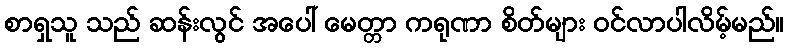
စာရှသူ သည် ဆန်းလွင် အပေါ် မေတ္တာ ကရုဏာ စိတ်များ ဝင်လာပါလိမ့်မည်။